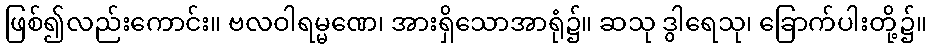
ဖြစ်၍လည်းကောင်း။ ဗလဝါရမ္မဏေ၊ အားရှိသောအာရုံ၌။ ဆသု ဒွါရေသု၊ ခြောက်ပါးတို့၌။